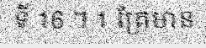
ទី 16 ។ 1 គ្រែមាន